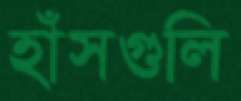
হাঁসগুলি